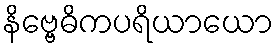
နိဗ္ဗေဓိကပရိယာယော